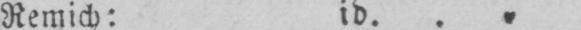
Remich: id.. „